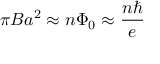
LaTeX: \pi B a ^ { 2 } \approx n \Phi _ { 0 } \approx \frac { n \hbar } { e }